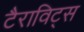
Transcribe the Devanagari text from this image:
टैराविट्स